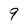
Character: 9